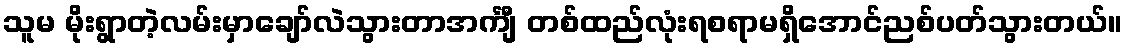
သူမ မိုးရွာတဲ့လမ်းမှာချော်လဲသွားတာအင်္ကျီ တစ်ထည်လုံးရစရာမရှိအောင်ညစ်ပတ်သွားတယ်။